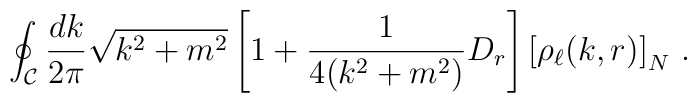
\oint_{\cal C} \frac{dk}{2\pi} \sqrt{k^2+m^2}\left[1+\frac{1}{4(k^2+m^2)}D_r\right] \left[\rho_\ell(k,r)\right]_{N} \,.